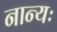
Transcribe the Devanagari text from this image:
नान्यः